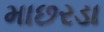
માછરડા